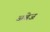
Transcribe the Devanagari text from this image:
अबेज